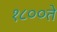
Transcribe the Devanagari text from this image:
१८००ते